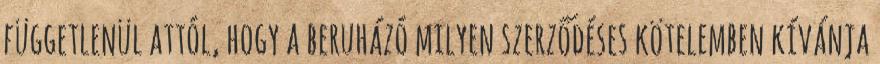
függetlenül attól, hogy a beruházó milyen szerződéses kötelemben kívánja